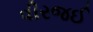
વીરજઈ